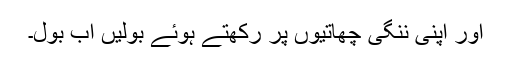
اور اپنی ننگی چھاتیوں پر رکھتے ہوئے بولیں اب بول۔